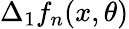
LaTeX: \Delta_{1}f_{n}(x,\theta)